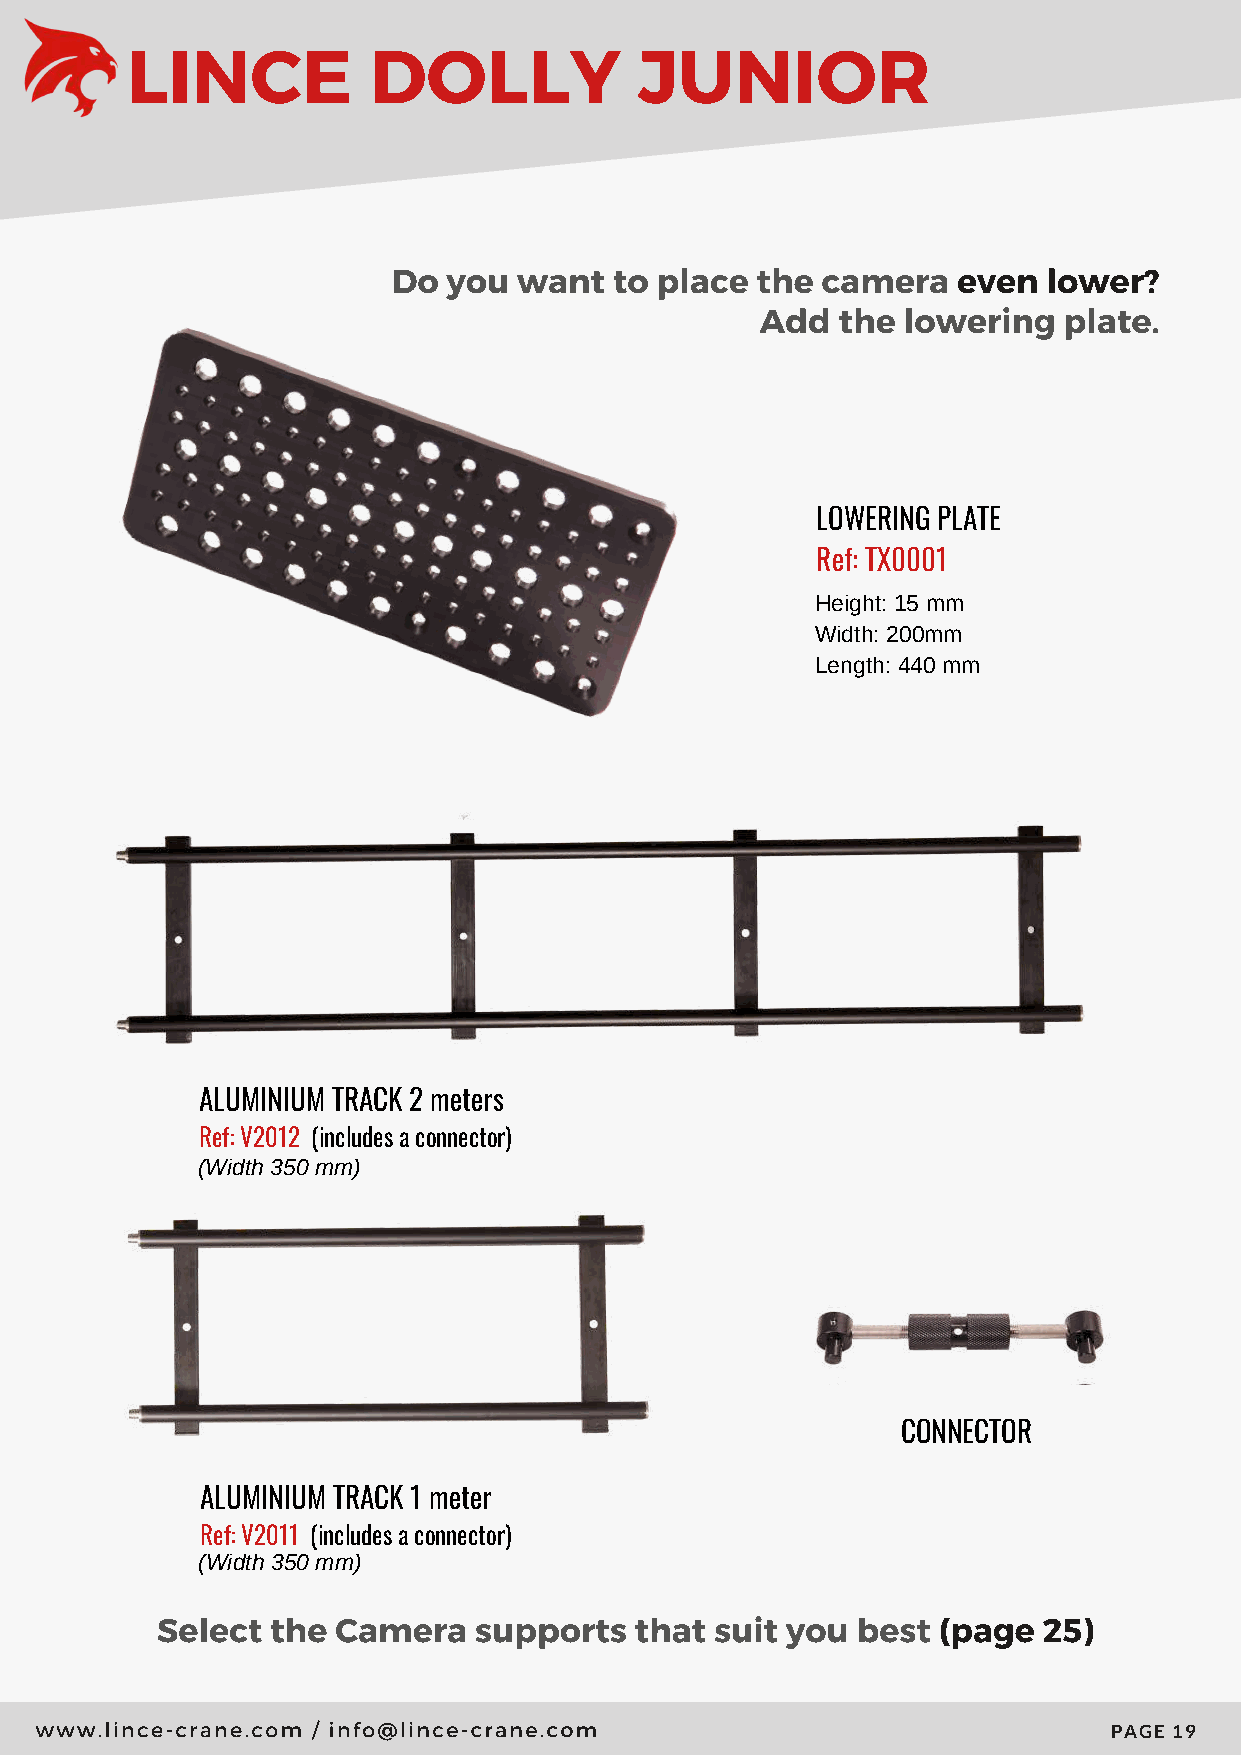
LINCE           DOLLY             JUNIOR
 Do  you want   to place the camera   even  lower?
 Add   the lowering  plate.
 LOWERING PLATE
 Ref: TX0001
 Height: 15 mm
 Width: 200mm
 Length: 440 mm
 ALUMINIUM TRACK 2 meters
 Ref: V2012 (includes a connector)
 (Width 350 mm)
 CONNECTOR
 ALUMINIUM TRACK 1 meter
 Ref: V2011 (includes a connector)
 (Width 350 mm)
 Select  the Camera   supports   that suit you  best (page  25)
 www.lince-crane.com / info@lince-crane.com
 PAGE 19